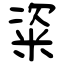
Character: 粢